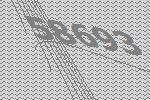
58693